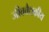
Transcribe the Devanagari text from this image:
जीववैद्यकीय